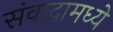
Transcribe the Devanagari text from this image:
संवादामध्ये